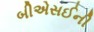
બીએસઈની